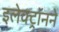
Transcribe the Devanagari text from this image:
इलेक्ट्रॉनने